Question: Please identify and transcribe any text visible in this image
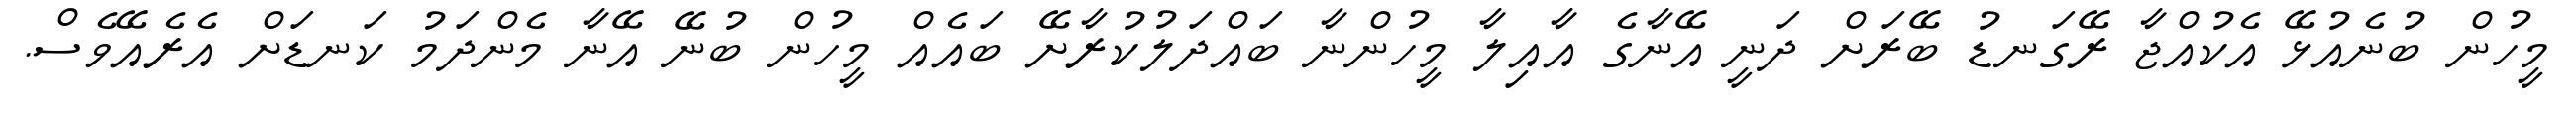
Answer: މީހުން ބުނެއުޅޭ އެކުއްޖާ ރޭގަނޑު ބޭރަށް ދަނީ އޭނާގެ އާއިލާ މީހުންނާ ބައްދަލުކުރާށޭ ބައެއް މީހުން ބުނޭ އޭނާ މެންދަމު ކަނޑަށް އެރެއޭވެސް.